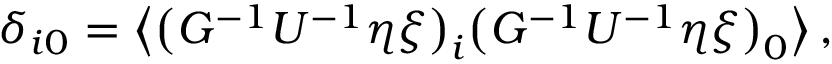
\begin{array} { r } { \delta _ { i 0 } = \big \langle \big ( G ^ { - 1 } U ^ { - 1 } \eta \xi \big ) _ { i } \big ( G ^ { - 1 } U ^ { - 1 } \eta \xi \big ) _ { 0 } \big \rangle \, , } \end{array}